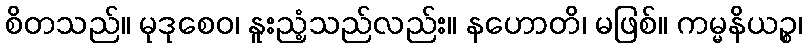
စိတသည်။ မုဒုစေဝ၊ နူးညံ့သည်လည်း။ နဟောတိ၊ မဖြစ်။ ကမ္မနိယဉ္စ၊